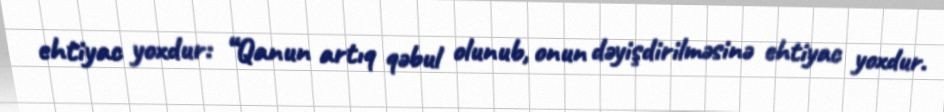
ehtiyac yoxdur: “Qanun artıq qəbul olunub, onun dəyişdirilməsinə ehtiyac yoxdur.